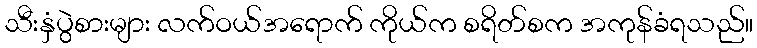
သီးနှံပွဲစားများ လက်ဝယ်အရောက် ကိုယ်က စရိတ်စက အကုန်ခံရသည်။